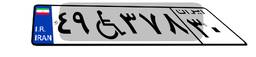
۴۹W۳۷۸۳۰